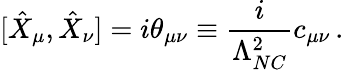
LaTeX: [\hat{X}_{\mu},\hat{X}_{\nu}]=i\theta_{\mu\nu}\equiv{\frac{i}{\Lambda_{NC}^{2}}}c_{\mu\nu}\, .